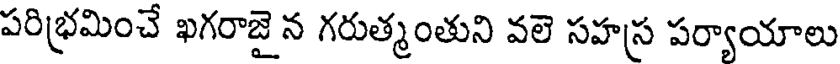
పరిభ్రమించే ఖగరాజై న గరుత్మంతుని వలె సహస్ర పర్యాయాలు